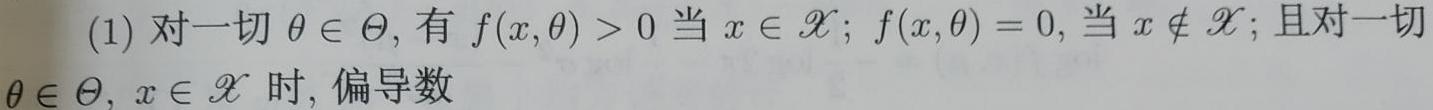
(1) 对一切 $\theta \in \Theta$, 有 $f(x,\theta) > 0$ 当 $x \in \mathcal{X}$; $f(x,\theta) = 0$, 当 $x \notin \mathcal{X}$; 且对一切 $\theta \in \Theta$, $x \in \mathcal{X}$ 时, 偏导数